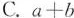
C.$$a+b$$